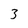
Character: 3